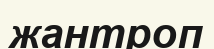
жантроп